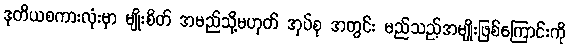
ဒုတိယစကားလုံးမှာ မျိုးစိတ် အမည်သို့မဟုတ် အုပ်စု အတွင်း မည်သည့်အမျိုးဖြစ်ကြောင်းကို